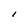
Character: I